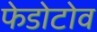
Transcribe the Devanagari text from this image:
फेडोटोव